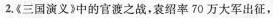
2.《三国演义》中的官渡之战，袁绍率70万大军出征，